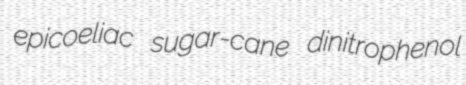
epicoeliac sugar-cane dinitrophenol